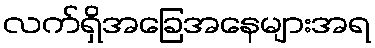
လက်ရှိအခြေအနေများအရ